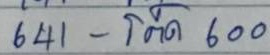
641 - โต๊ด 600